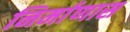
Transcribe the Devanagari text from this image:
निर्माणास